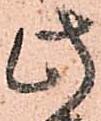
此